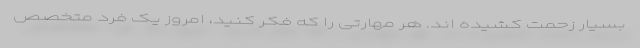
بسیار زحمت کشیده اند. هر مهارتی را که فکر کنید، امروز یک فرد متخصص